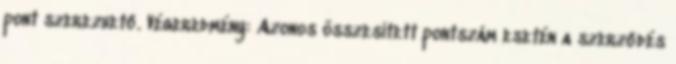
pont szerezhető. Végeredmény: Azonos összesített pontszám esetén a szerződés